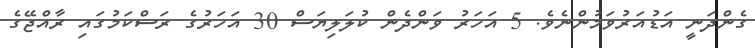
ގެންދަނީ އަޑުއަރުވަމުންނެވެ. 5 އަހަރު ވަންދެން ކުލަލިޔަސް 30 އަހަރުގެ ރަސްކަމުގައި ރާއްޖޭގެ